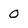
Character: O